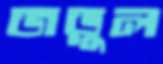
জড়ুল